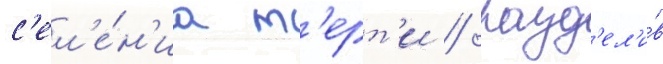
с'ел'е́н'иа т'ерт'и / разд'ел'и́в